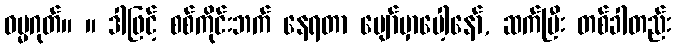
ဓမ္မဂုတ်။ ။ ဒါဖြင့် စစ်ကိုင်းဘက် နေရတာ ပျော်မှာပေါ့နော်, ဆက်ပြီး တစ်ခါတည်း